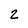
Character: 2